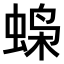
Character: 𫋇